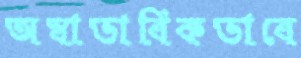
অস্বাভাবিকভাবে